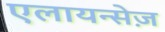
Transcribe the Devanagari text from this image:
एलायन्सेज़